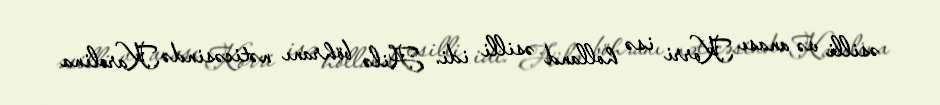
əsilli və anası Korri isə holland əsilli idi. Ailə böhranı nəticəsində Karolina